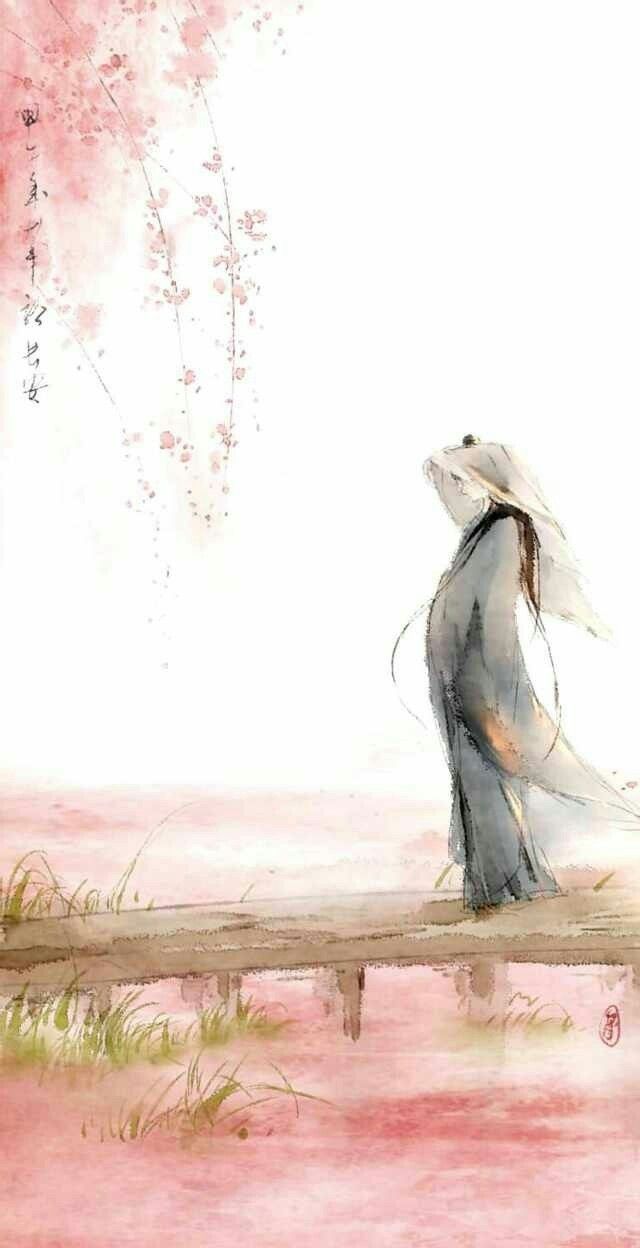
庭院深深深几许，杨柳堆烟，帘幕无重数。